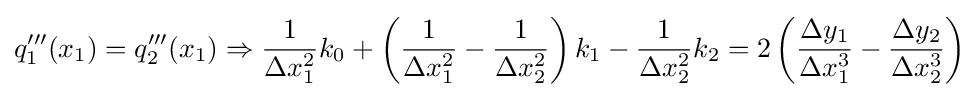
q'''_{1}(x_{1})=q'''_{2}(x_{1})\Rightarrow {\frac {1}{\Delta x_{1}^{2}}}k_{0}+\left({\frac {1}{\Delta x_{1}^{2}}}-{\frac {1}{\Delta x_{2}^{2}}}\right)k_{1}-{\frac {1}{\Delta x_{2}^{2}}}k_{2}=2\left({\frac {\Delta y_{1}}{\Delta x_{1}^{3}}}-{\frac {\Delta y_{2}}{\Delta x_{2}^{3}}}\right)